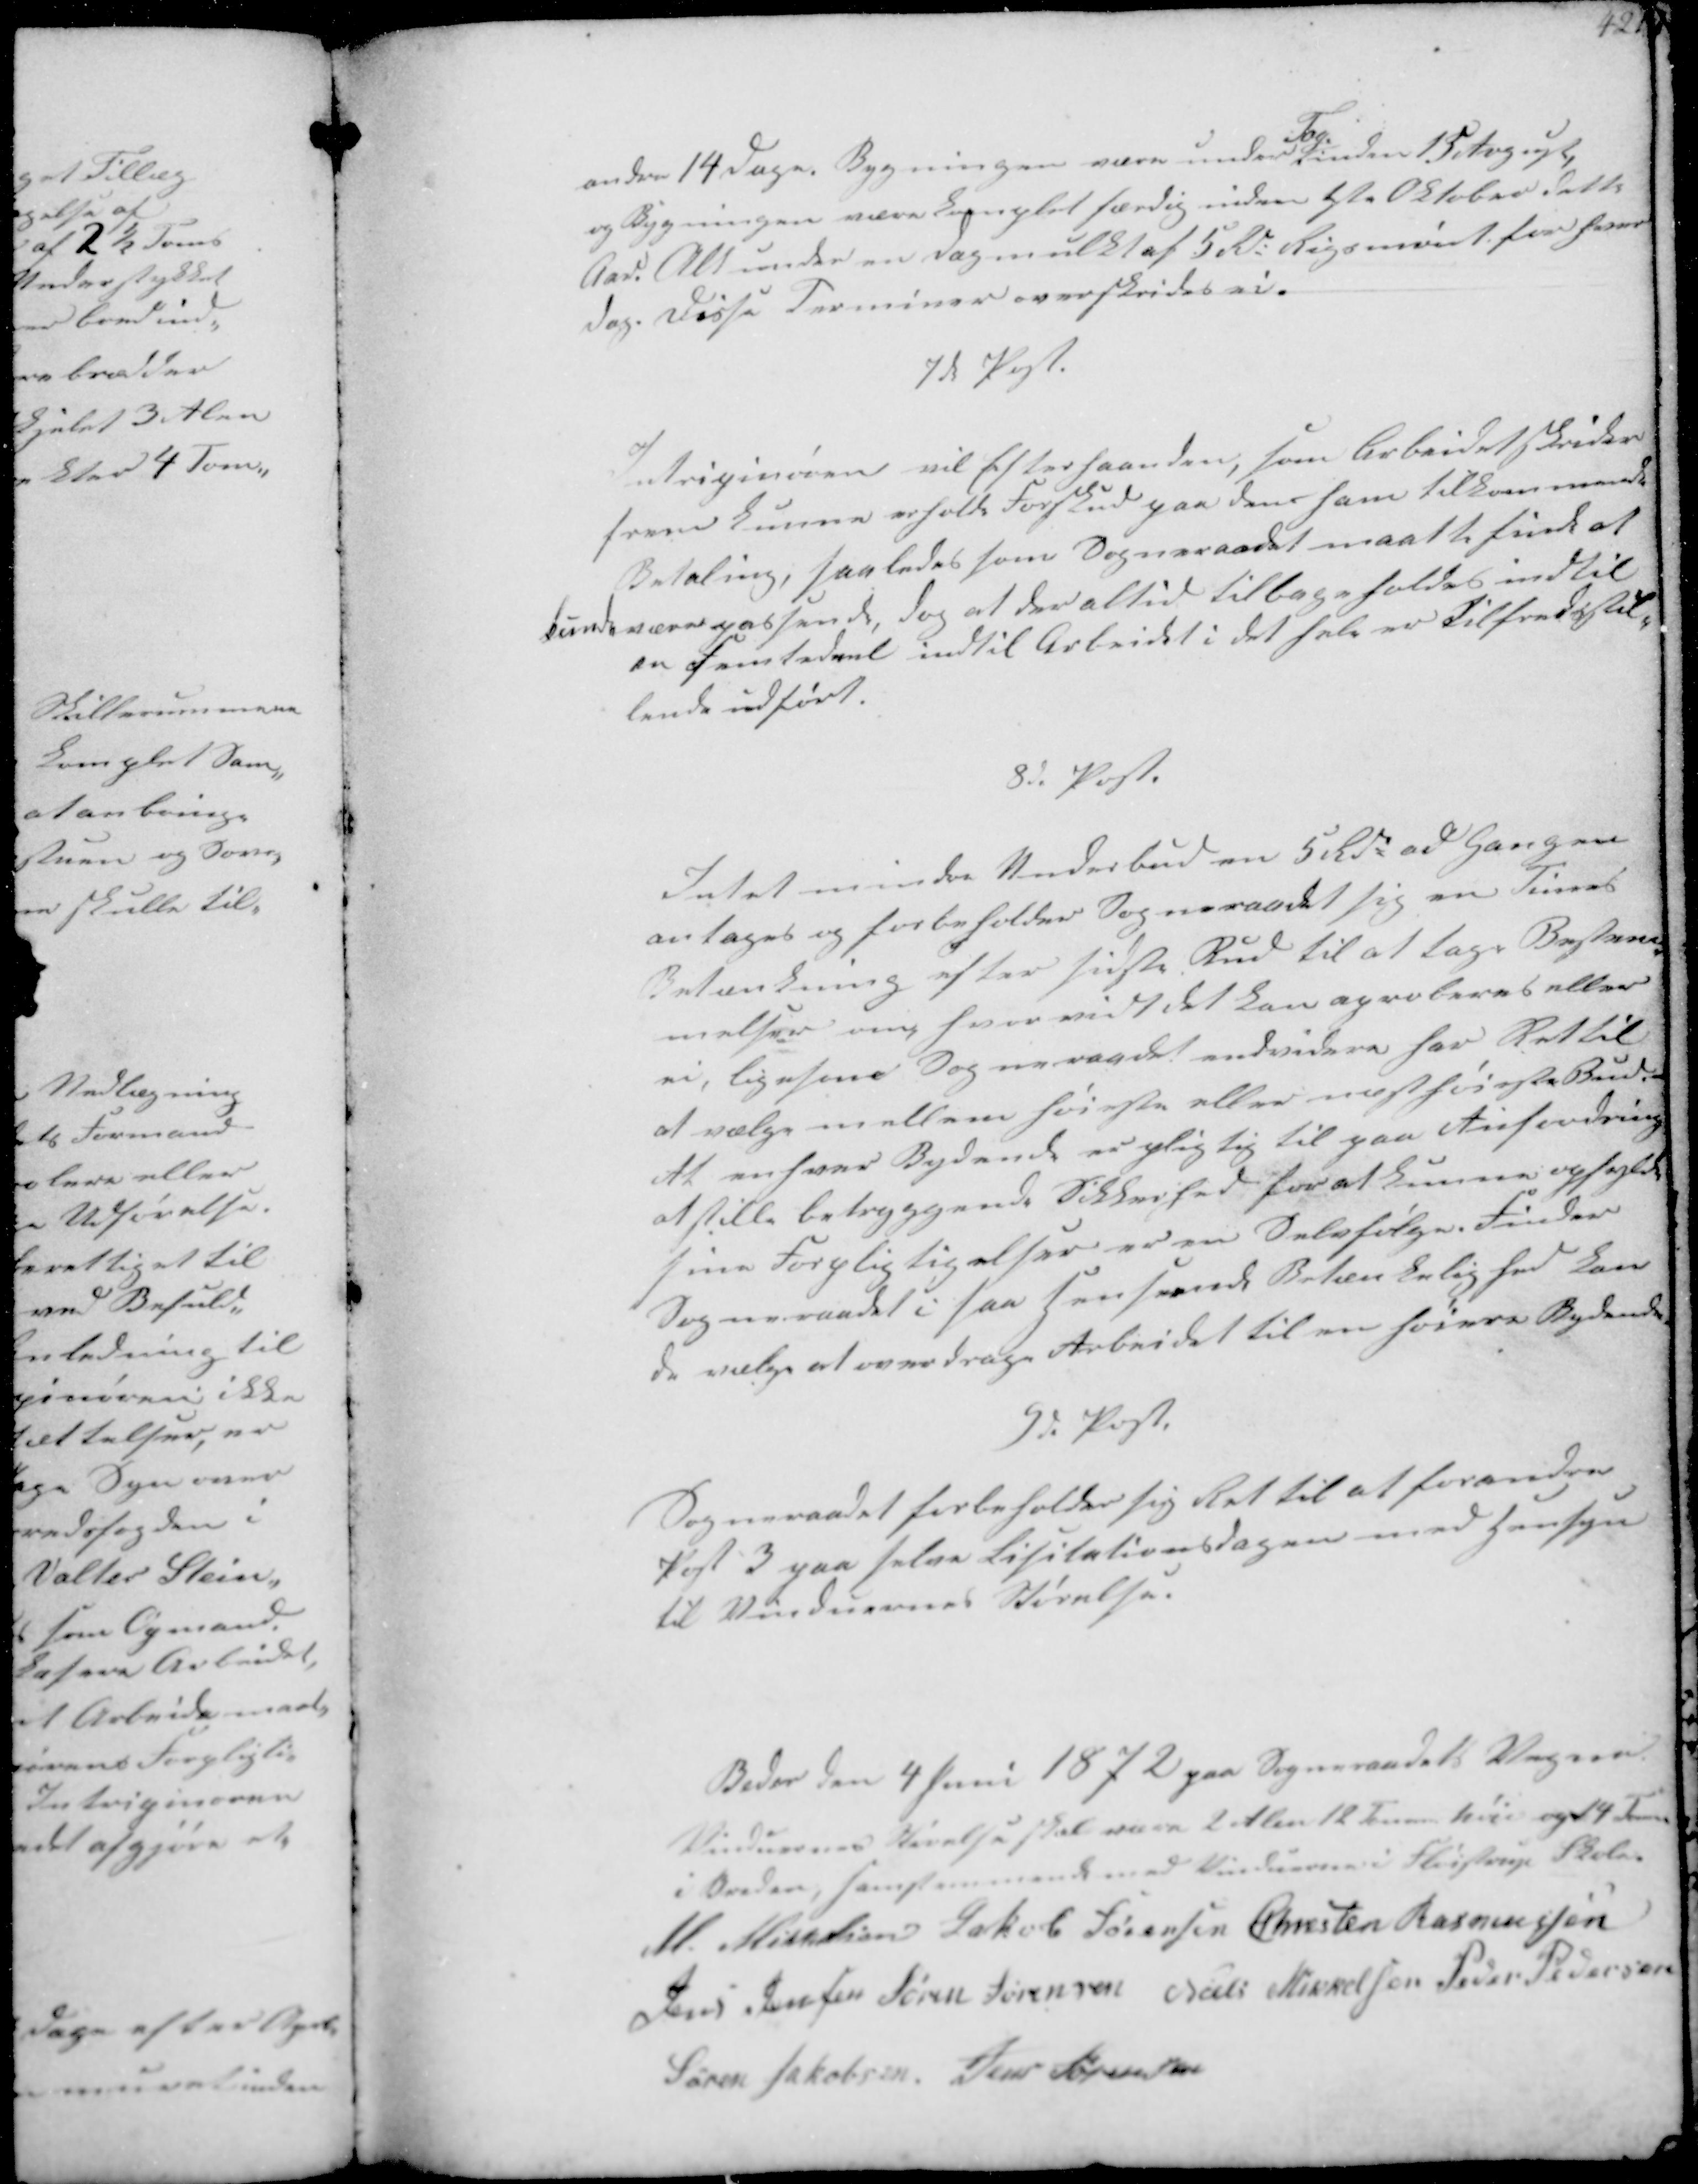
Transskription:
andre 14 Dage, Bygningen være under
Tag
inden 15 August
og Bygningen være komplet færdig inden 1ste Oktober dette
Aar Alt under en dagmulkt af 5 Rd. Rigsmønt for hver 
dag. Disse Terminer overskrides ei.

7de Post.
Intripinøren vil Efterhaanden, som Arbeidet skrider
frem kunne erholde Forskud paa den ham tilkommende
Betaling, saaledes som Sogneraadet maatte finde at
kunde være passende, dog at der altid tilbageholdes indtil
en femtedeel indtil Arbeidet i det hele er Tilfredsstil-
lende udført.

8de Post.
Intet mindre Underbud en 5 Rd. ad Gangen 
antages og forbeholder Sogneraadet sig en Times
Betænkning efter sidste Bud til at tage Bestem-
melser om hvor vidt det kan aproberes eller
ei, ligesom Sogneraadet endvidere har Ret til
at vælge mellem høieste eller næsthøieste Bud.
At enhver Bydende er pligtig til paa Anfordring
at stille betryggende Sikkerhed for at kunne opfylde
sine Forpligtigelser er en Selvfølge. Finder
Sogneraadet i saa henseende Betænkelighed kan
de vælge at overdrage Arbeidet til en høiere Bydende

9d Post.
Sogneraadet forbeholder sig Ret til at forandre
Post 3 paa selve Licitationsdagen med Hensyn
til Vinduernes Størelse.

Beder den 4 Juni 1872 paa Sogneraadets Vegne.
Vinduernes Størelse skal vare 2 Alen 12 Tom høje og 14 Tom
i Breden, samstemmende med Vinduerne i Fløistrup Skole-
M. Mikkelsen Jakob Sørensen Chresten Rasmussen
Jens Jensen Søren Sørensen Niels Mikkelsen Peder Pedersen
Søren Jakobsen Jens Sørensen